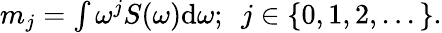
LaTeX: \begin{array}{r}{m_{j}=\int\omega^{j}S(\omega)\mathrm{d}\omega;~~j\in\{ 0,1,2,...\} .}\end{array}